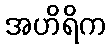
အဟိရိက